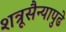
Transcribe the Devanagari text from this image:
शत्रूसैन्यापुढे